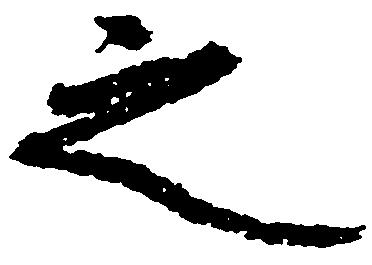
之